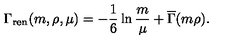
\Gamma _ { \mathrm { r e n } } ( m , \rho , \mu ) = - { \frac { 1 } { 6 } } \ln { \frac { m } { \mu } } + \overline { { \Gamma } } ( m \rho ) .